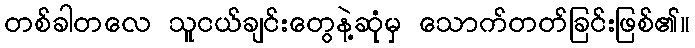
တစ်ခါတလေ သူငယ်ချင်းတွေနဲ့ဆုံမှ သောက်တတ်ခြင်းဖြစ်၏။